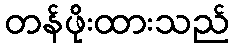
တန်ဖိုးထားသည်